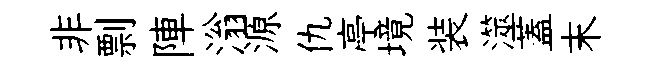
非剽陣滃源仇亭境装澨蓋末